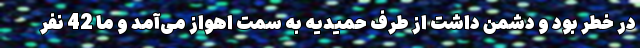
در خطر بود و دشمن داشت از طرف حمیدیه به سمت اهواز می‌آمد و ما 42 نفر